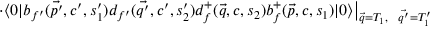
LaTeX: \cdot \big < 0 | b _ { f ^ { \prime } } ( \vec { p ^ { \prime } } , c ^ { \prime } , s _ { 1 } ^ { \prime } ) d _ { f ^ { \prime } } ( \vec { q ^ { \prime } } , c ^ { \prime } , s _ { 2 } ^ { \prime } ) d _ { f } ^ { + } ( \vec { q } , c , s _ { 2 } ) b _ { f } ^ { + } ( \vec { p } , c , s _ { 1 } ) | 0 \big > \big | _ { \vec { q } = T _ { 1 } , \ \ \vec { q ^ { \prime } } = T _ { 1 } ^ { \prime } }